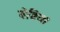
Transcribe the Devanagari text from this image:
वेष्टिय।